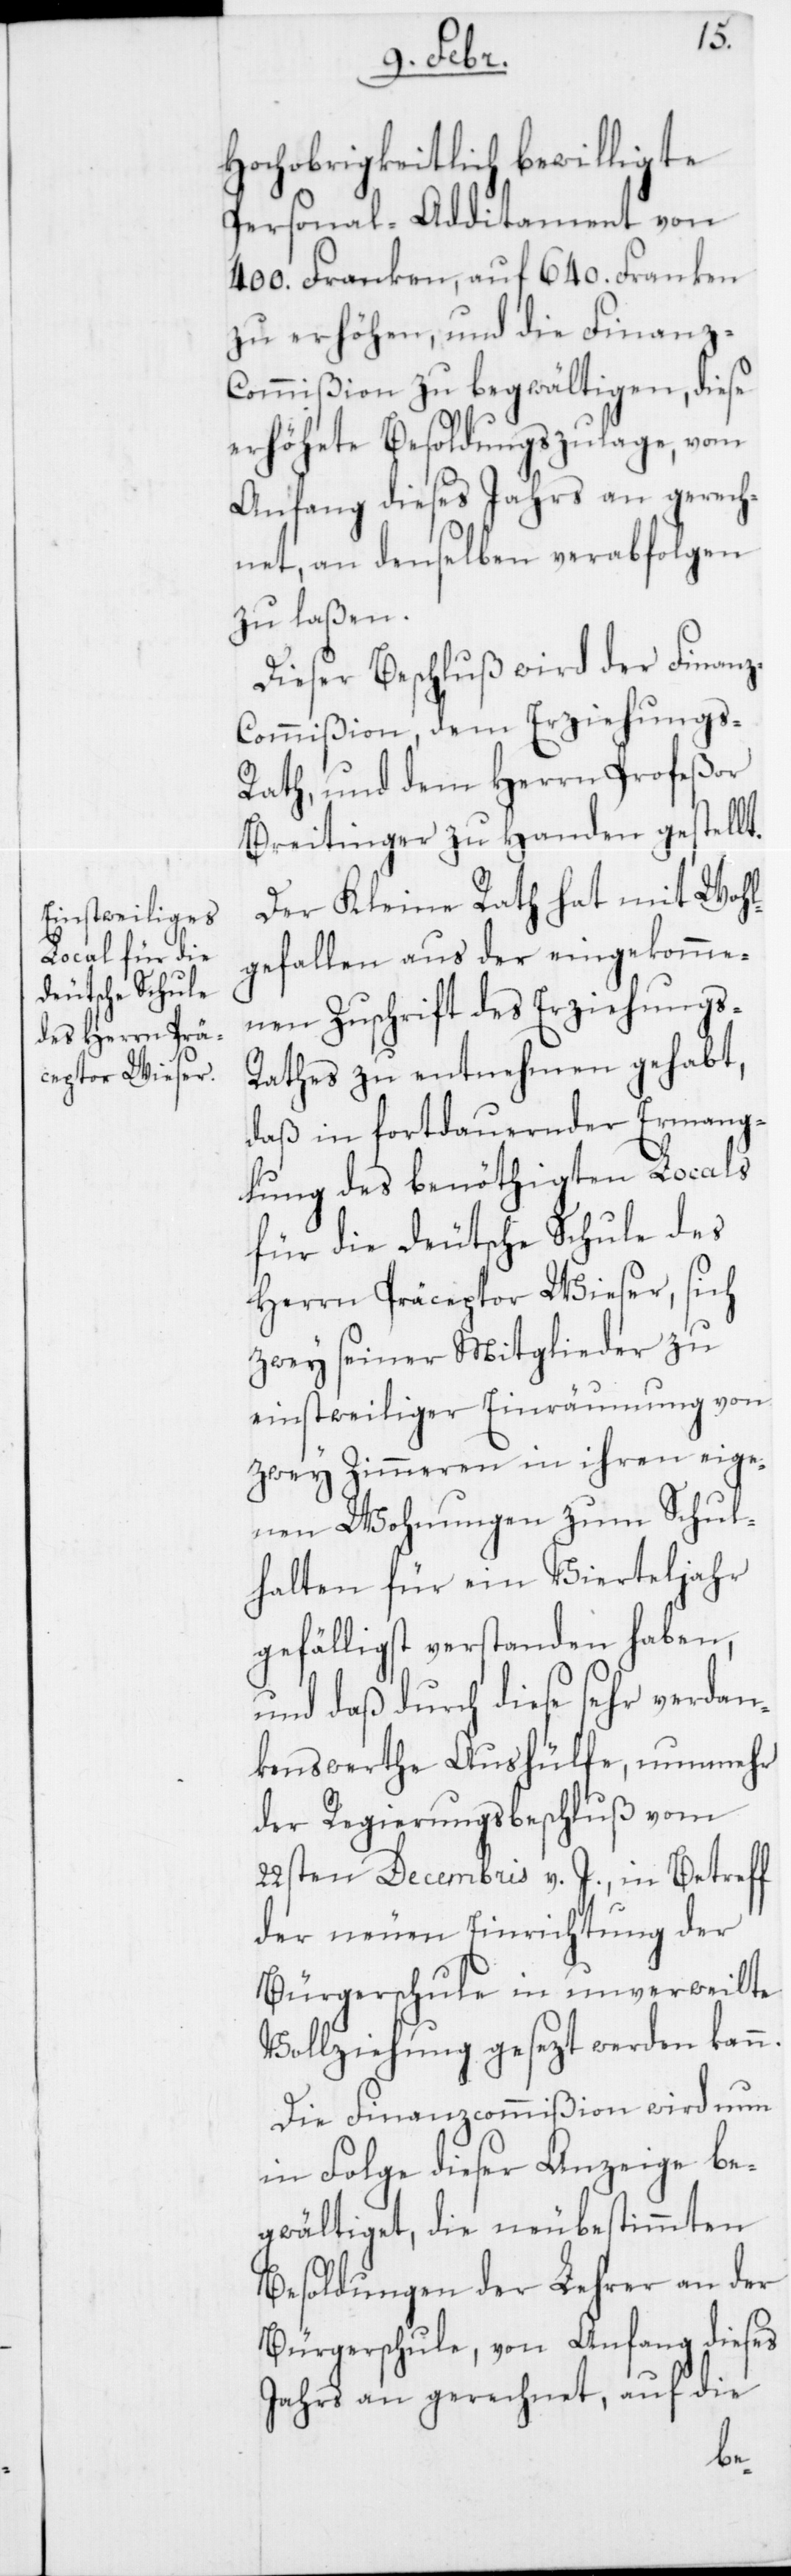
n.
Hochobrigkeitlich bewilligte
Personal-Additament von
400. Franken, auf 640. Franken
zu erhöhen, und die Finanz-C¬
ommißion zu begwältigen, diese
erhöhete Besoldungszulage, vom
Anfang dieses Jahrs an gerech¬
net, an denselben verabfolgen
zu laßen.
Dieser Beschluß wird der Finan¬
z-Commißion, dem Erziehungs-R¬
ath und dem Herrn Profeßor
Breitinger zu Handen gestellt.
Der Kleine Rath hat mit Wohl¬
gefallen aus der eingekomme¬
nen Zuschrift des Erziehungs-R¬
athes zu entnehmen gehabt,
daß in fortdauernder Ermang¬
lung des benöthigten Locals
für die deutsche Schule des
Herrn Präceptor Wieser, sich
zwey seiner Mitglieder zu
einstweiliger Einräumung von
zwey Zimmeren in ihren eige¬
nen Wohnungen zum Schul¬
halten für ein Vierteljahr
gefälligst verstanden haben,
und daß durch diese sehr verdan¬
kenswerthe Aushülfe, nunmehr
der Regierungsbeschluß vom
22sten Decembris v. J., in Betreff
der neuen Einrichtung der
Bürgerschule in unverweilte
Vollziehung gesezt werden kan¬
Die Finanzcommißion wird nun
in Folge dieser Anzeige be¬
gwältiget, die neubestimmten
Besoldungen der Lehrer an der
Bürgerschule, von Anfang dieses
Jahrs an gerechnet, auf die